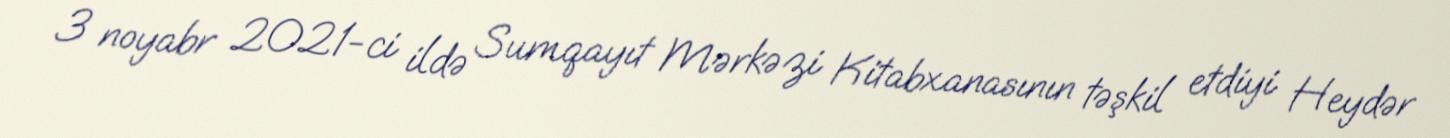
3 noyabr 2021-ci ildə Sumqayıt Mərkəzi Kitabxanasının təşkil etdiyi Heydər